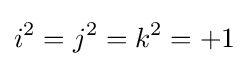
i^{2}=j^{2}=k^{2}=+1